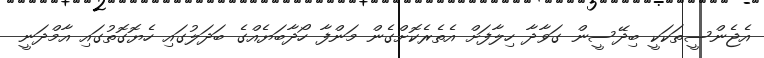
އެޖެންސީތަކަކީ ބިދޭސީން ގަވާދާ ހިލާފަށް އެތެރެކޮށްގެން މަންފާ ހޯދާބަޔެއްގެ ބަދަލުގައި ހެޔޮގޮތުގައި އާމްދަނީ